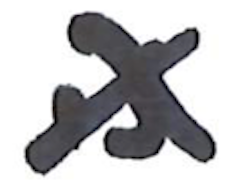
Text: is
Cross-out: cross
Writing tool: marker